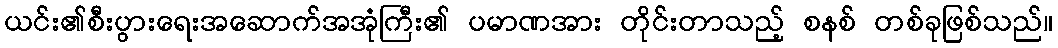
ယင်း၏စီးပွားရေးအဆောက်အအုံကြီး၏ ပမာဏအား တိုင်းတာသည့် စနစ် တစ်ခုဖြစ်သည်။